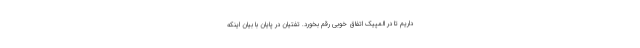
داریم تا در المپیک اتفاق خوبی رقم بخورد. تفتیان در پایان با بیان اینکه